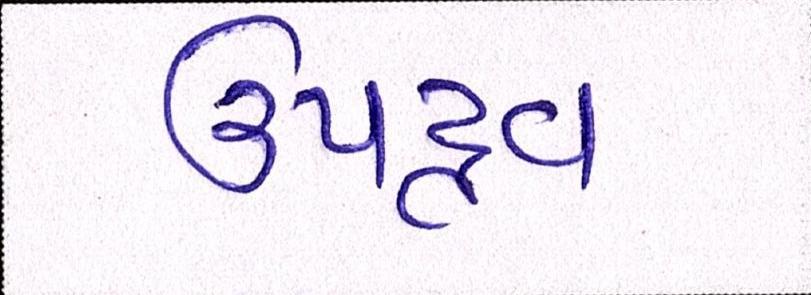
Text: ઉપદ્રવ